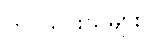
တင်သွင်းသူများ